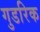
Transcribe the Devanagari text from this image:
गुडरिक